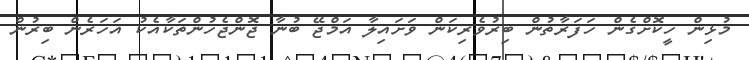
މުޅިން ހީކޮށްގެން ހަފަރާތުން ބިރުވެރިކަން ވަށައިލާ އަމްޖޭ ބުނާ ޖޮންޖެހުންތަކާއެކު އަހަރެން ބިރުން